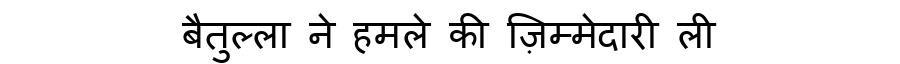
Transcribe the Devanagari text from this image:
बैतुल्ला ने हमले की ज़िम्मेदारी ली